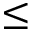
\leq